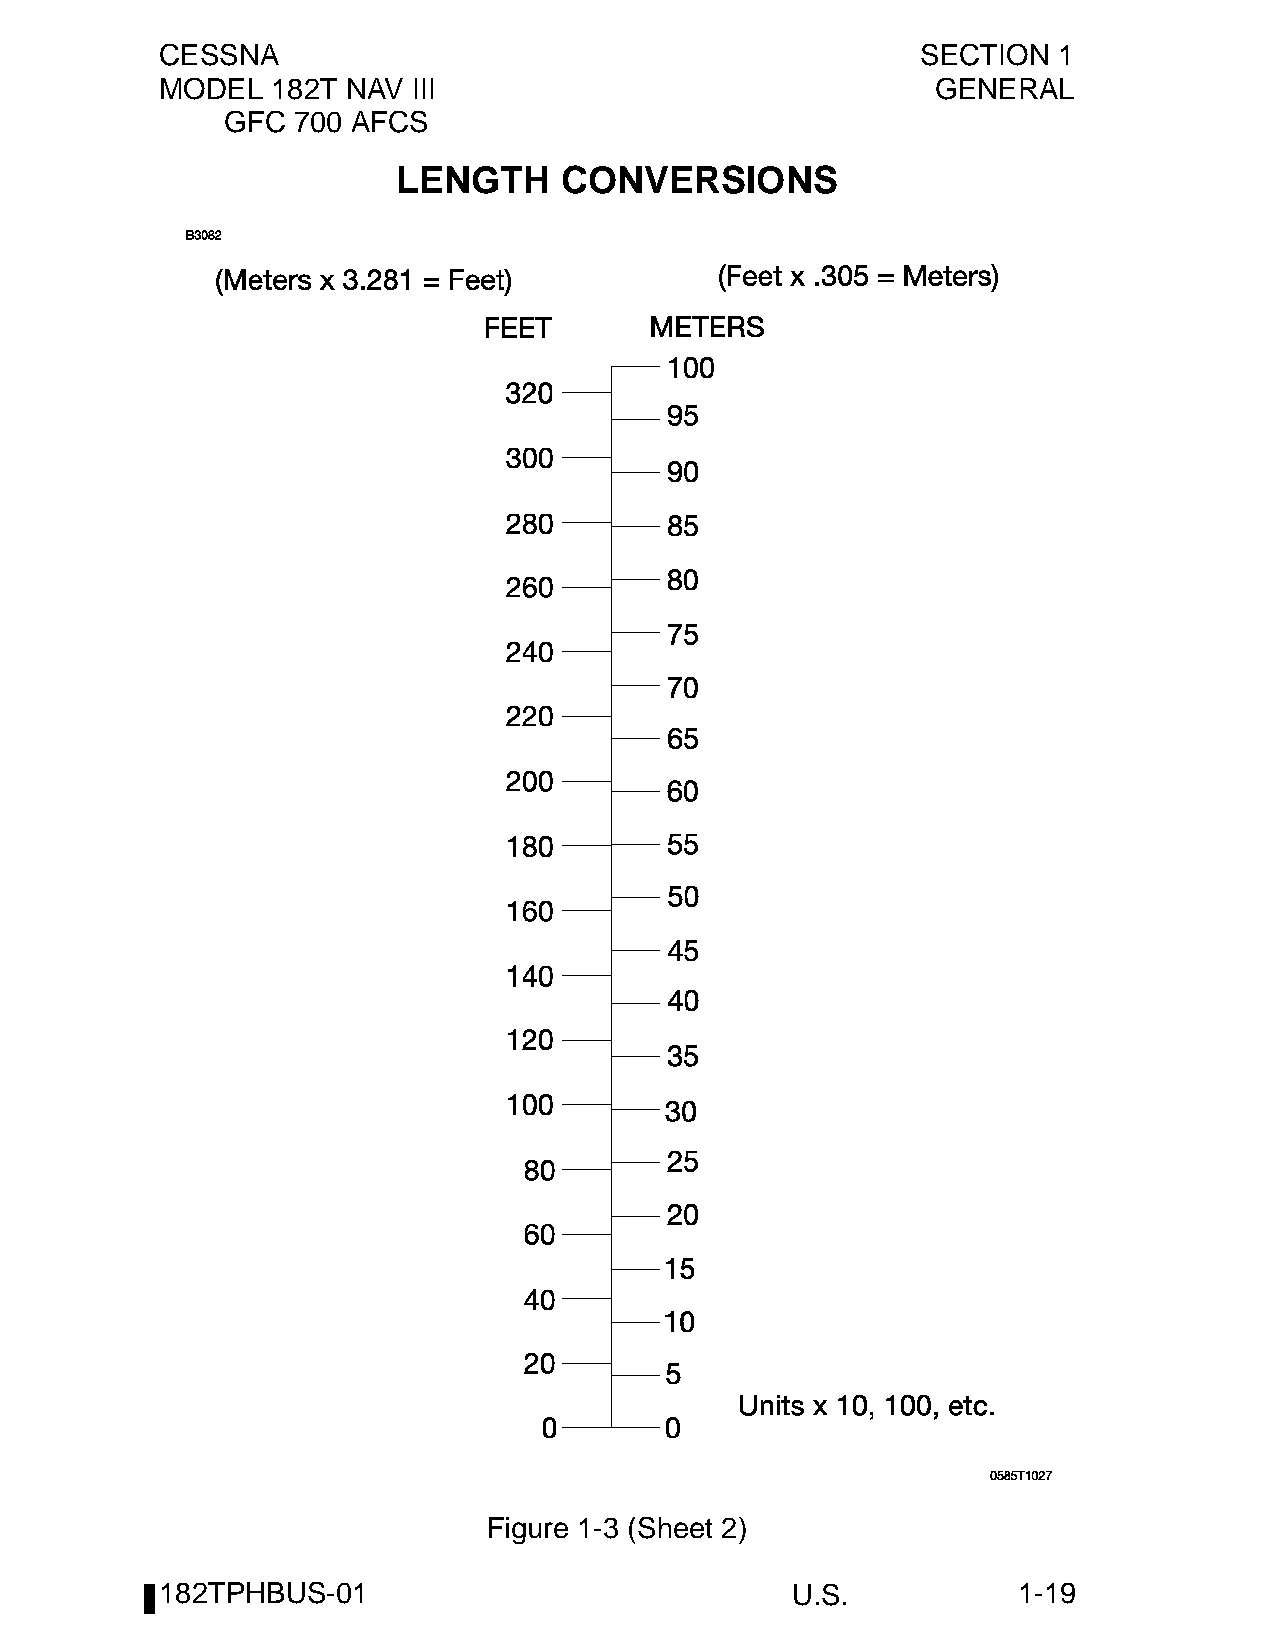
CESSNA                                            SECTION  1
 MODEL  182T NAV III                                GENERAL
 GFC 700 AFCS
 LENGTH     CONVERSIONS
 Figure 1-3 (Sheet 2)
 182TPHBUS-01                             U.S.           1-19